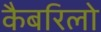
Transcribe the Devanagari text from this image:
कैबरिलो